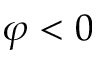
\varphi < 0